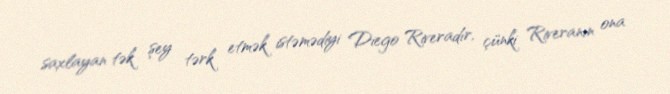
saxlayan tək şey tərk etmək istəmədiyi Diego Riveradır, çünki Riveranın ona